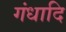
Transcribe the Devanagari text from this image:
गंधादि